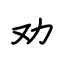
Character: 劝